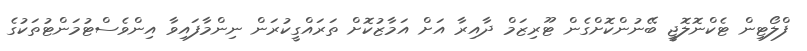
ފްލޯޓިން ޓެކްނޮލޮޖީ ބޭނުންކޮށްގެން ޓޫރިޒަމް ދާއިރާ އަށް އަމާޒުކޮށް ތަރައްގީކުރަން ނިންމާފައިވާ އިންވެސްޓުމަންޓުތަކުގެ